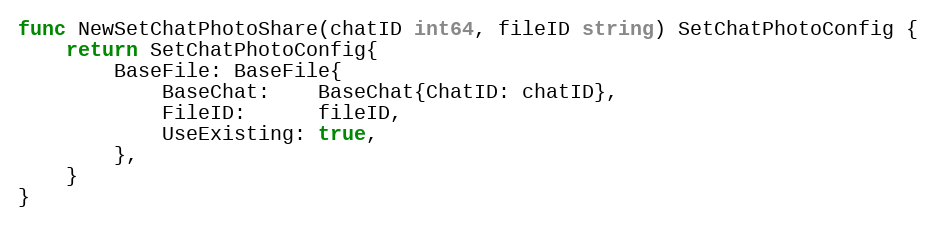
Language: Go
func NewSetChatPhotoShare(chatID int64, fileID string) SetChatPhotoConfig {
	return SetChatPhotoConfig{
		BaseFile: BaseFile{
			BaseChat:    BaseChat{ChatID: chatID},
			FileID:      fileID,
			UseExisting: true,
		},
	}
}